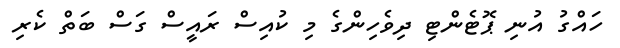
ހައްގު އުނި ޕޮޓެންޓި ދިވެހިންގެ މި ކުއިސް ރައީސް ގަސް ބަތް ކެރި